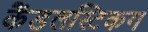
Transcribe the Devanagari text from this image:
कैंडलस्टिकग